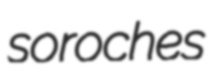
soroches